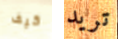
كيف تريد